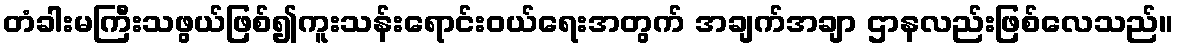
တံခါးမကြီးသဖွယ်ဖြစ်၍ကူးသန်းရောင်းဝယ်ရေးအတွက် အချက်အချာ ဌာနလည်းဖြစ်လေသည်။